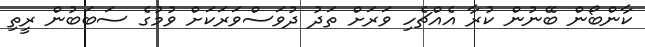
ކާންބޯން ބޭނުން ކުރާ އެއްޗެހި ވަރަށް ތަދު ދުވަސްވަރަކަށް ވުމުގެ ސަބަބުން ރީތި